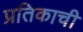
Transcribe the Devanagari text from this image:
प्रतिकाची